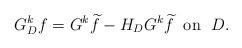
LaTeX: \begin{align*}G^k_Df=G^k\widetilde{f}-H_DG^k\widetilde{f}\; \textrm{ on }\; D.\end{align*}